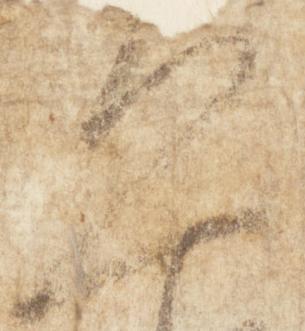
恐